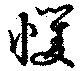
戄